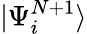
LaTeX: |\Psi_{i}^{N+1}\rangle